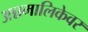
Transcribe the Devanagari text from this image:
अन्नमालिकेवर